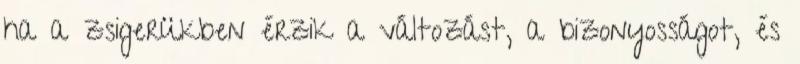
ha a zsigerükben érzik a változást, a bizonyosságot, és